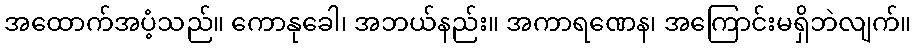
အထောက်အပံ့သည်။ ကောနုခေါ၊ အဘယ်နည်း။ အကာရဏေန၊ အကြောင်းမရှိဘဲလျက်။